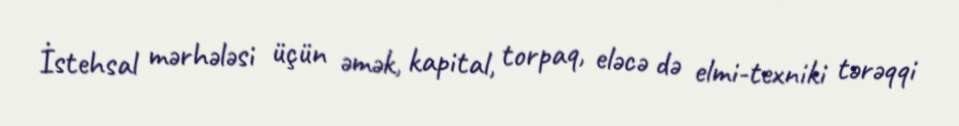
İstehsal mərhələsi üçün əmək, kapital, torpaq, eləcə də elmi-texniki tərəqqi